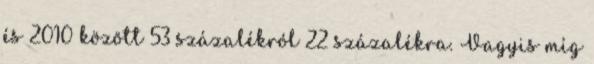
és 2010 között 53 százalékról 22 százalékra. Vagyis míg